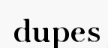
dupes